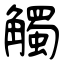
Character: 觸